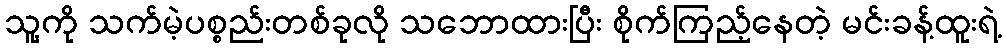
သူ့ကို သက်မဲ့ပစ္စည်းတစ်ခုလို သဘောထားပြီး စိုက်ကြည့်နေတဲ့ မင်းခန့်ထူးရဲ့